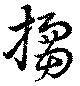
搊